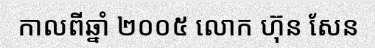
កាលពីឆ្នាំ ២០០៥ លោក ហ៊ុន សែន